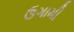
ઉગામી